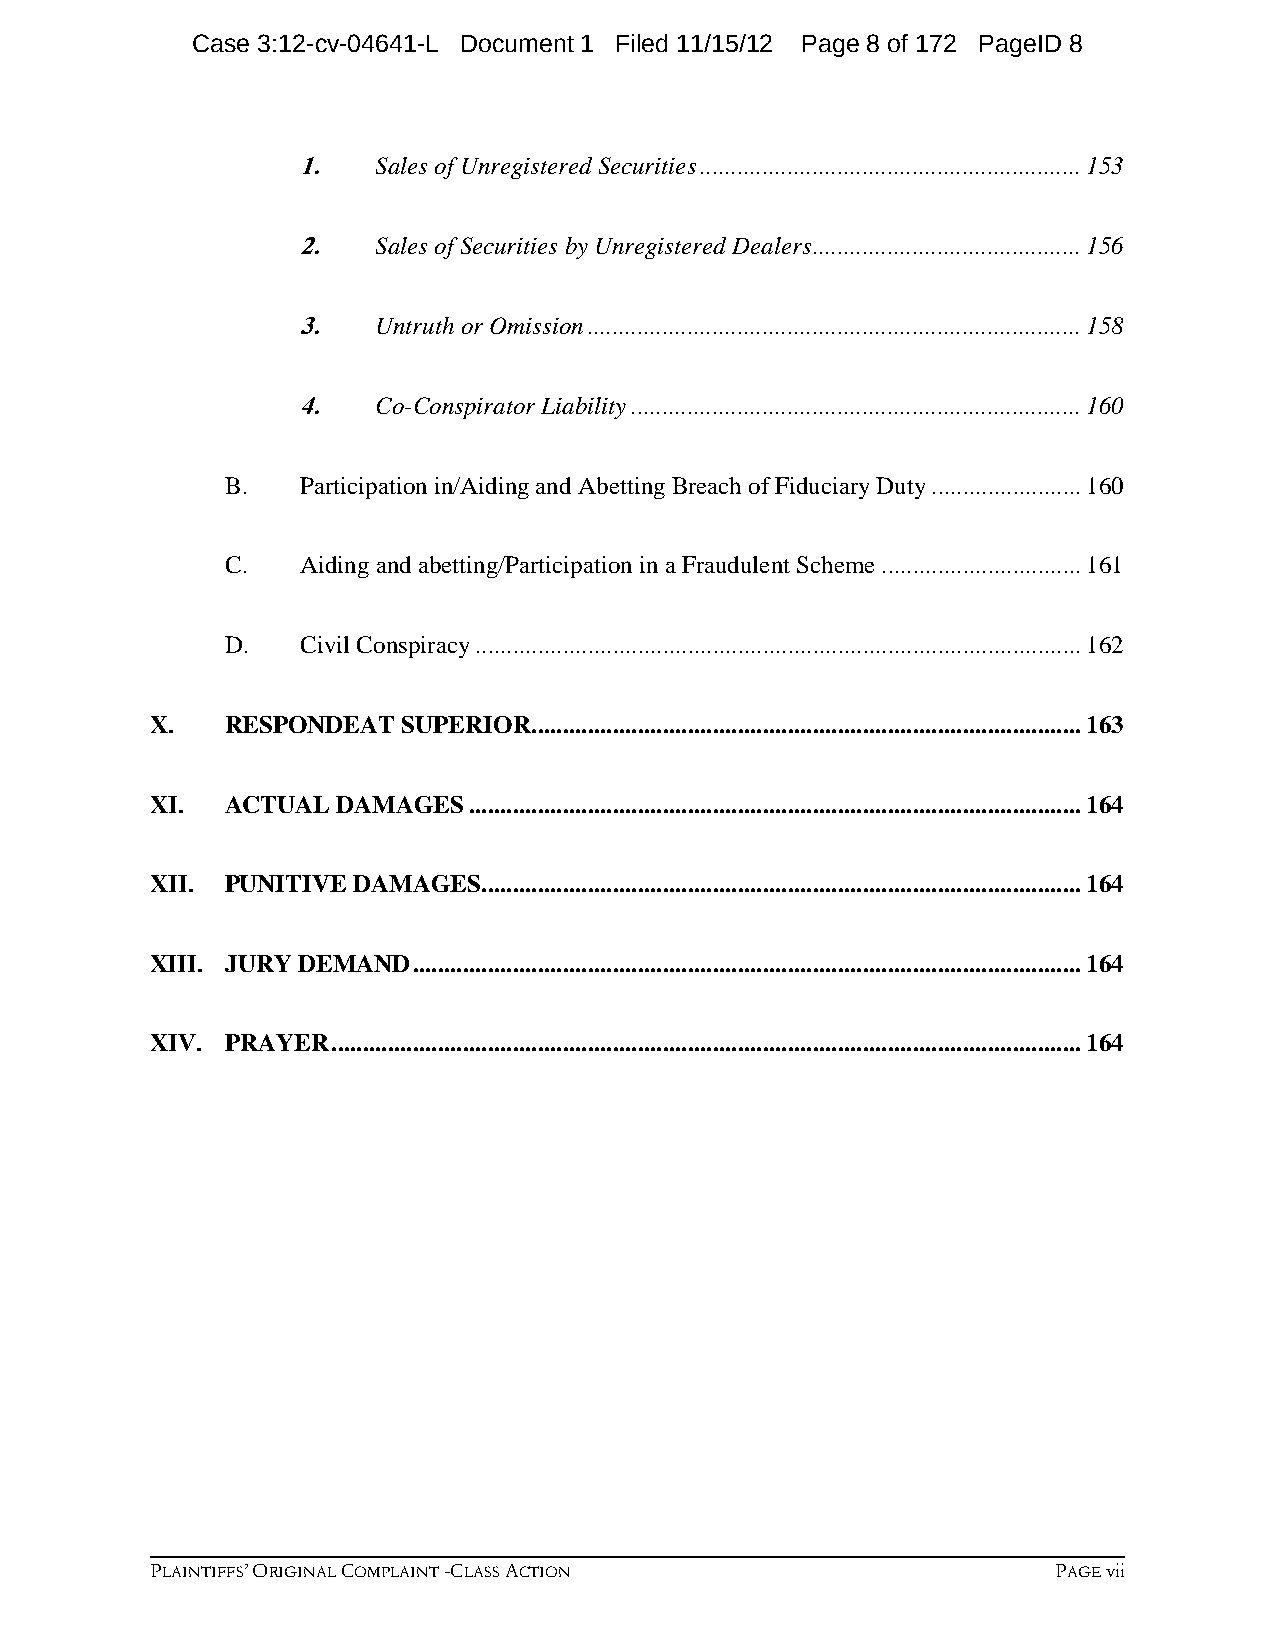
Case 3:12-cv-04641-L Document 1 Filed 11/15/12 Page 8 of 172 PageID 8
 1.   Sales of Unregistered Securities ............................................................. 153
 2.   Sales of Securities by Unregistered Dealers ........................................... 156
 3.   Untruth or Omission ............................................................................... 158
 4.   Co-Conspirator Liability ........................................................................ 160
 B.   Participation in/Aiding and Abetting Breach of Fiduciary Duty ........................ 160
 C.   Aiding and abetting/Participation in a Fraudulent Scheme ................................ 161
 D.   Civil Conspiracy ................................................................................................. 162
 X.   RESPONDEAT  SUPERIOR ........................................................................................ 163
 XI.  ACTUAL DAMAGES  .................................................................................................. 164
 XII. PUNITIVE DAMAGES ................................................................................................ 164
 XIII. JURY DEMAND ........................................................................................................... 164
 XIV. PRAYER ........................................................................................................................ 164
 PLAINTIFFS’ ORIGINAL COMPLAINT -CLASS ACTION                PAGE vii